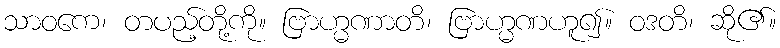
သာဝကေ၊ တပည့်တို့ကို။ ဗြာဟ္မဏာတိ၊ ဗြာဟ္မဏဟူ၍။ ဝဒတိ၊ ဆို၏။